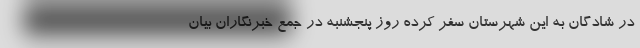
در شادگان به این شهرستان سفر کرده روز پنجشنبه در جمع خبرنگاران بیان